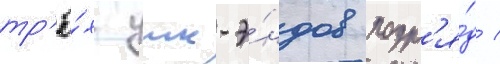
тр'ё́х уик-э́ндов подр'я́д /